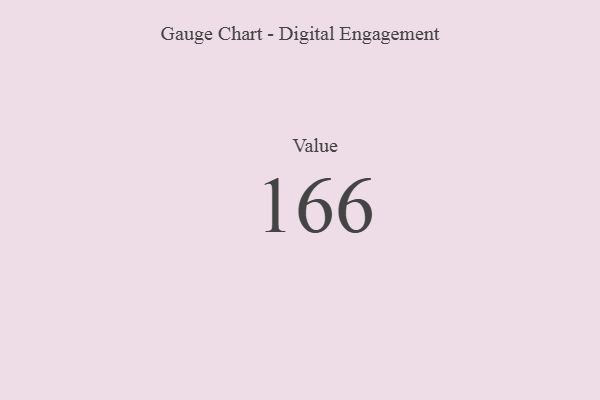
{"axis": {"x": "Metric", "y": "Value"}, "legend": [""], "data": [{"x": "Value", "y": 166, "type": ""}]}